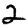
Digit: 2